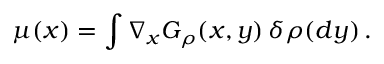
\mu ( x ) = \int \nabla _ { x } G _ { \rho } ( x , y ) \, \delta \rho ( d y ) \, .